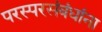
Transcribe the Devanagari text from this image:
परस्परसंबंधांना